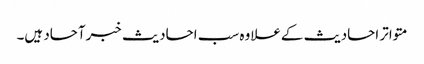
متواتر احادیث کےعلاوہ سب احادیث خبرآحاد ہیں۔